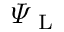
\varPsi _ { \mathrm { ~ L ~ } }